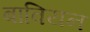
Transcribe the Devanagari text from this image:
बावियन